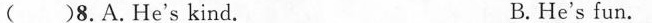
C. He's knowledgeable. D. He's smart.